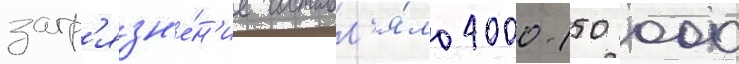
загр'язн'е́н'ие составл'я́ло 4000-150 000